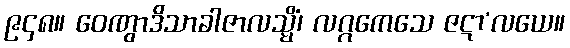
၉၄၈။ ဝေဏွာဒိသာခါဇာလသ္မိံ၊ လဂ္ဂကေသေ ဇဋာ’လယေ။